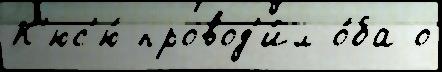
К'юс'ю́ провод'и́л о́ба о